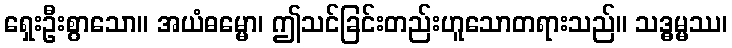
ရှေးဦးစွာသော။ အယံဓမ္မော၊ ဤသင်ခြင်းတည်းဟူသောတရားသည်။ သဒ္ဓမ္မဿ၊